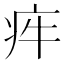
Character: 𤵃